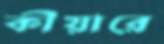
কীয়ারে